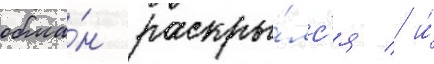
обма́н раскры́лс'я / и́